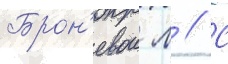
Брон'евои л // С